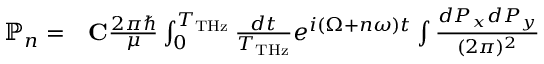
\begin{array} { r l } { \mathbb { P } _ { n } = } & { { } { \bf C } \frac { 2 \pi \hbar } { \mu } \int _ { 0 } ^ { T _ { \mathrm { T H z } } } \frac { d t } { T _ { \mathrm { T H z } } } e ^ { i ( \Omega + n \omega ) t } \int \frac { d P _ { x } d P _ { y } } { ( 2 \pi ) ^ { 2 } } } \end{array}